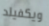
ويكفيلد